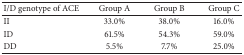
<table><thead><tr><td><b>I/D genotype of ACE</b></td><td><b>Group A</b></td><td><b>Group B</b></td><td><b>Group C</b></td></tr></thead><tbody><tr><td>II</td><td>33.0%</td><td>38.0%</td><td>16.0%</td></tr><tr><td>ID</td><td>61.5%</td><td>54.3%</td><td>59.0%</td></tr><tr><td>DD</td><td>5.5%</td><td>7.7%</td><td>25.0%</td></tr></tbody></table>